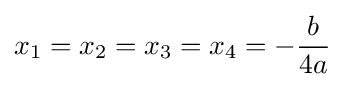
x_{1}=x_{2}=x_{3}=x_{4}=-{\frac {b}{4a}}